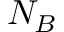
N _ { B }